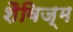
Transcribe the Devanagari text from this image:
शैविज्म